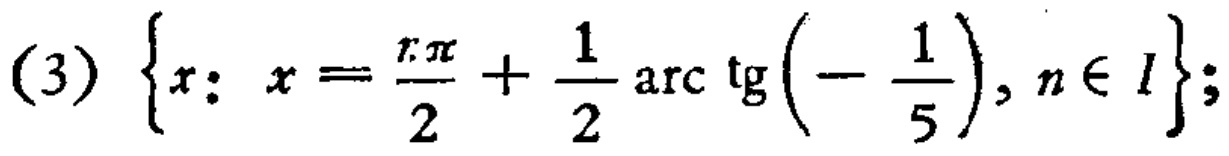
(3) \(\left\{x: x = \frac{n\pi}{2}+\frac{1}{2}\arctan\left(-\frac{1}{5}\right), n\in I\right\}\);